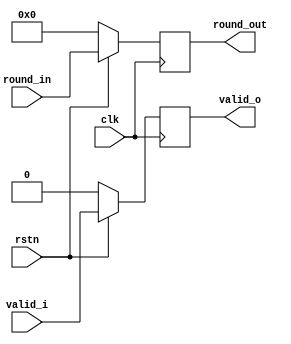
module round_ff (
    input clk, rstn,
    input valid_i,
    input [63:0] round_in,
    output reg valid_o,
    output reg [63:0] round_out
);
    //implements a FF for pipelining
    always @(posedge clk ) begin
        if (!rstn) begin
            round_out <= 0;
            valid_o <= 0;
        end else begin
            round_out <= round_in;
            valid_o <= valid_i;
        end
    end
endmodule